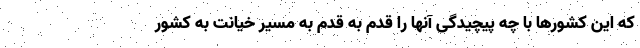
که این کشورها با چه پیچیدگی آنها را قدم به قدم به مسیر خیانت به کشور